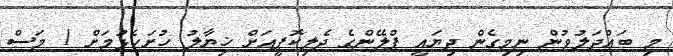
މި ބައްދަލުވުން ނިމިގެން ދިޔައީ ޕްލޭންގެ ދެލިކޮޕީއަށް ޚިޔާލު ހުށަހެޅުމަށް 1 މަސް